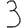
Digit: 3